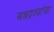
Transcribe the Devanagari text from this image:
अन्नद्रव्यांचा